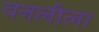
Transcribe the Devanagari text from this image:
वनलीला